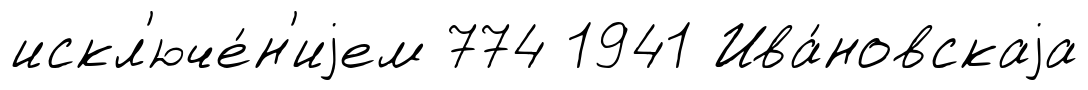
искл'юче́н'иjем 774 1941 Ива́новскаjа